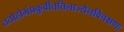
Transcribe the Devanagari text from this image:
ततोहोमंप्रकुर्वीततिलाज्येनविचक्षणः